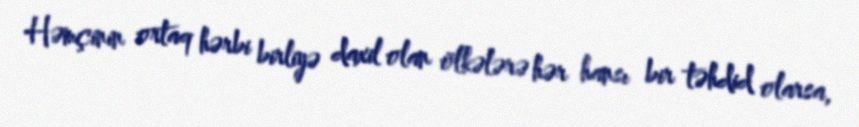
Həmçinin ortaq hərbi birliyə daxil olan ölkələrə hər hansı bir təhdid olarsa,